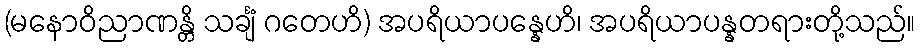
(မနောဝိညာဏန္တိ သင်္ချံ ဂတေဟိ) အပရိယာပန္နေဟိ၊ အပရိယာပန္နတရားတို့သည်။